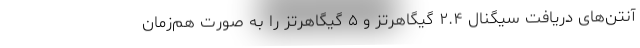
آنتن‌های دریافت سیگنال ۲.۴ گیگاهرتز و ۵ گیگاهرتز را به صورت هم‌زمان